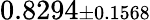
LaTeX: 0.8294{\scriptstyle\pm 0.1568}